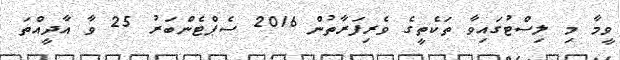
ވީމާ މި ލިސްޓުގައިވާ ތަކެތީގެ ވެރިފަރާތުން 2016 ސެޕްޓެންބަރު 25 ވާ އާދީއްތަ